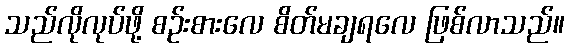
သည်လိုလုပ်ဖို့ စဉ်းစားလေ စိတ်မချရလေ ဖြစ်လာသည်။